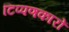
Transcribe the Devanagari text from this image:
टिप्पणकारों